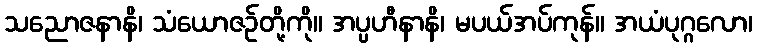
သညောဇနာနိ၊ သံယောဇဉ်တို့ကို။ အပ္ပဟီနာနိ၊ မပယ်အပ်ကုန်။ အယံပုဂ္ဂလော၊